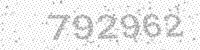
Solution: 792962